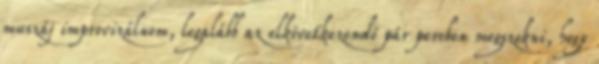
muszáj improvizálnom, legalább az elkövetkezendő pár percben megszokni, hogy